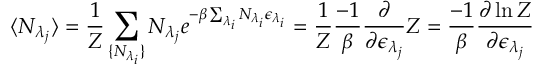
\langle N _ { \lambda _ { j } } \rangle = \frac { 1 } { Z } \sum _ { \{ N _ { \lambda _ { i } } \} } N _ { \lambda _ { j } } e ^ { - \beta \sum _ { \lambda _ { i } } N _ { \lambda _ { i } } \epsilon _ { \lambda _ { i } } } = \frac { 1 } { Z } \frac { - 1 } { \beta } \frac { \partial } { \partial \epsilon _ { \lambda _ { j } } } Z = \frac { - 1 } { \beta } \frac { \partial \ln Z } { \partial \epsilon _ { \lambda _ { j } } }